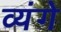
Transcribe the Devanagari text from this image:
व्यंगे